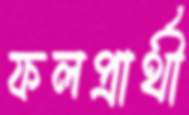
ফলপ্রার্থী